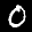
Label: 0